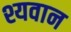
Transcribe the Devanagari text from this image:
श्यवान